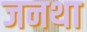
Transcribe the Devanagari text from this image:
जनथा